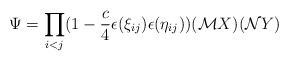
\begin{align*}\Psi= \prod_{i<j} (1-\frac{c}{4}\epsilon (\xi_{ij})\epsilon (\eta_{ij})) ({\cal M}X) ({\cal N}Y)\end{align*}